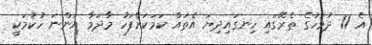
އެ 11 ދުވަހުގެ ތެރޭގައި ހިނގައިދިޔަ އެތައް ކަމަކަށްފަހު މާދަމާ އަންނަ ހުކުމަކީ